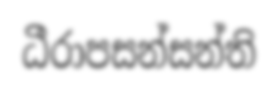
ධීරාපසන්සන්ති